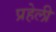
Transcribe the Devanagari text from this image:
प्रहेली